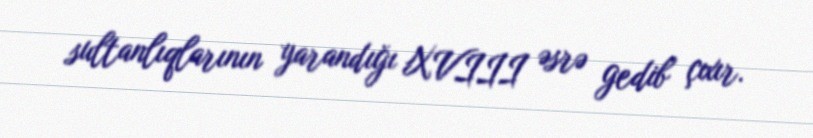
sultanlıqlarının yarandığı XVIII əsrə gedib çıxır.